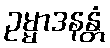
ဥမ္မာဒနန္တံ